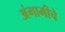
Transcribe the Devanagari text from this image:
अंगामीचे